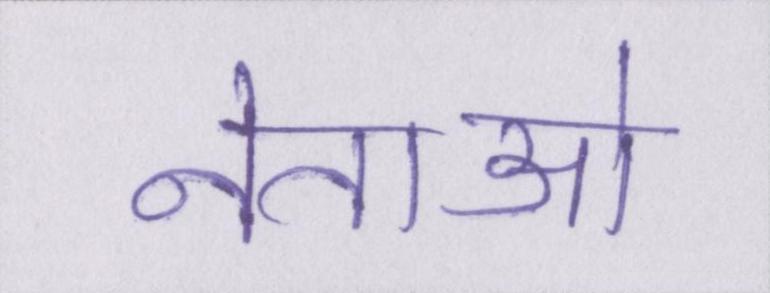
नेताओ